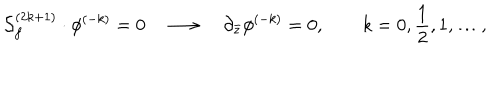
{ \cal S } _ { f } ^ { ( 2 k + 1 ) } \cdot \phi ^ { ( - k ) } = 0 \quad \longrightarrow \quad \partial _ { \bar { z } } \phi ^ { ( - k ) } = 0 , \qquad k = 0 , { \frac { 1 } { 2 } } , 1 , \ldots ,